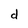
Character: d